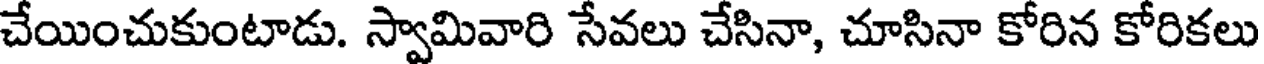
చేయించుకుంటాడు. స్వామివారి సేవలు చేసినా, చూసినా కోరిన కోరికలు